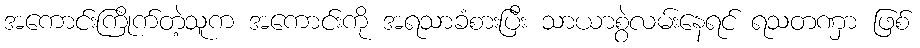
အကောင်းကြိုက်တဲ့သူက အကောင်းကို အရသာခံစားပြီး သာယာစွဲလမ်းနေရင် ရသတဏှာ ဖြစ်